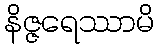
နိဇ္ဇရေဿာမိ